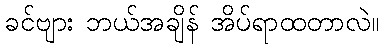
ခင်ဗျား ဘယ်အချိန် အိပ်ရာထတာလဲ။